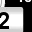
Digit: 2